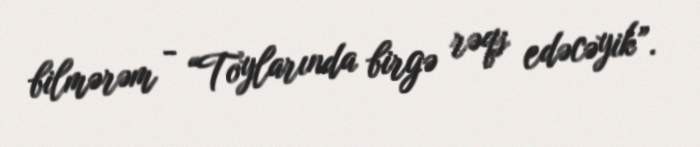
bilmərəm - “Toylarında birgə rəqs edəcəyik”.